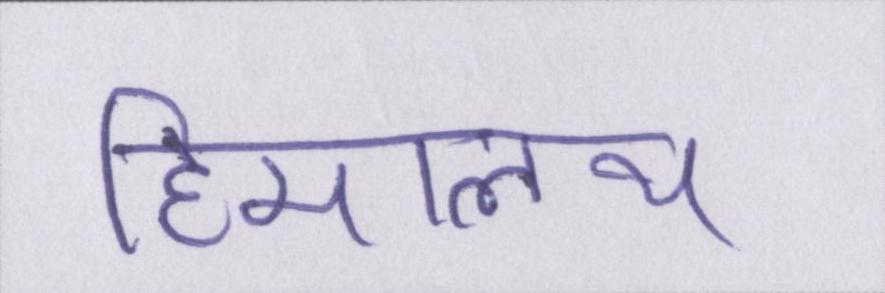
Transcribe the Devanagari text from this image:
हिमालय